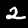
Label: 2